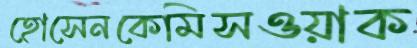
হোসেনকেমিসওয়াক